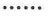
……